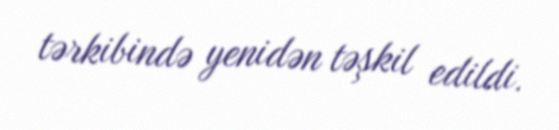
tərkibində yenidən təşkil edildi.